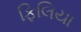
ફિલિયા